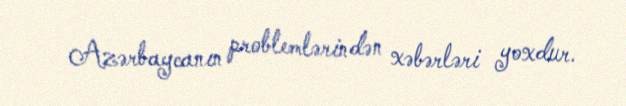
Azərbaycanın problemlərindən xəbərləri yoxdur.